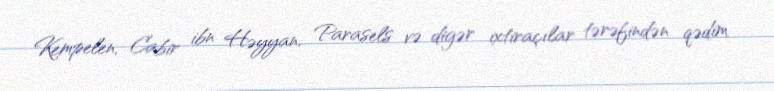
Kempelen, Cabir ibn Həyyan, Parasels və digər ixtiraçılar tərəfindən qədim